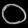
Digit: ၀